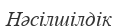
Нәсілшілдік